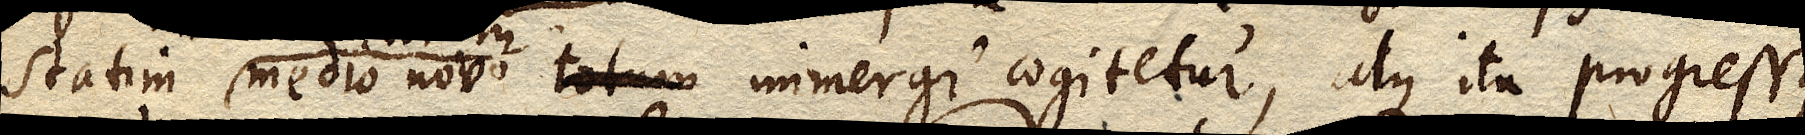
statim medio novo totum immergi cogitetur, atque ita progressus